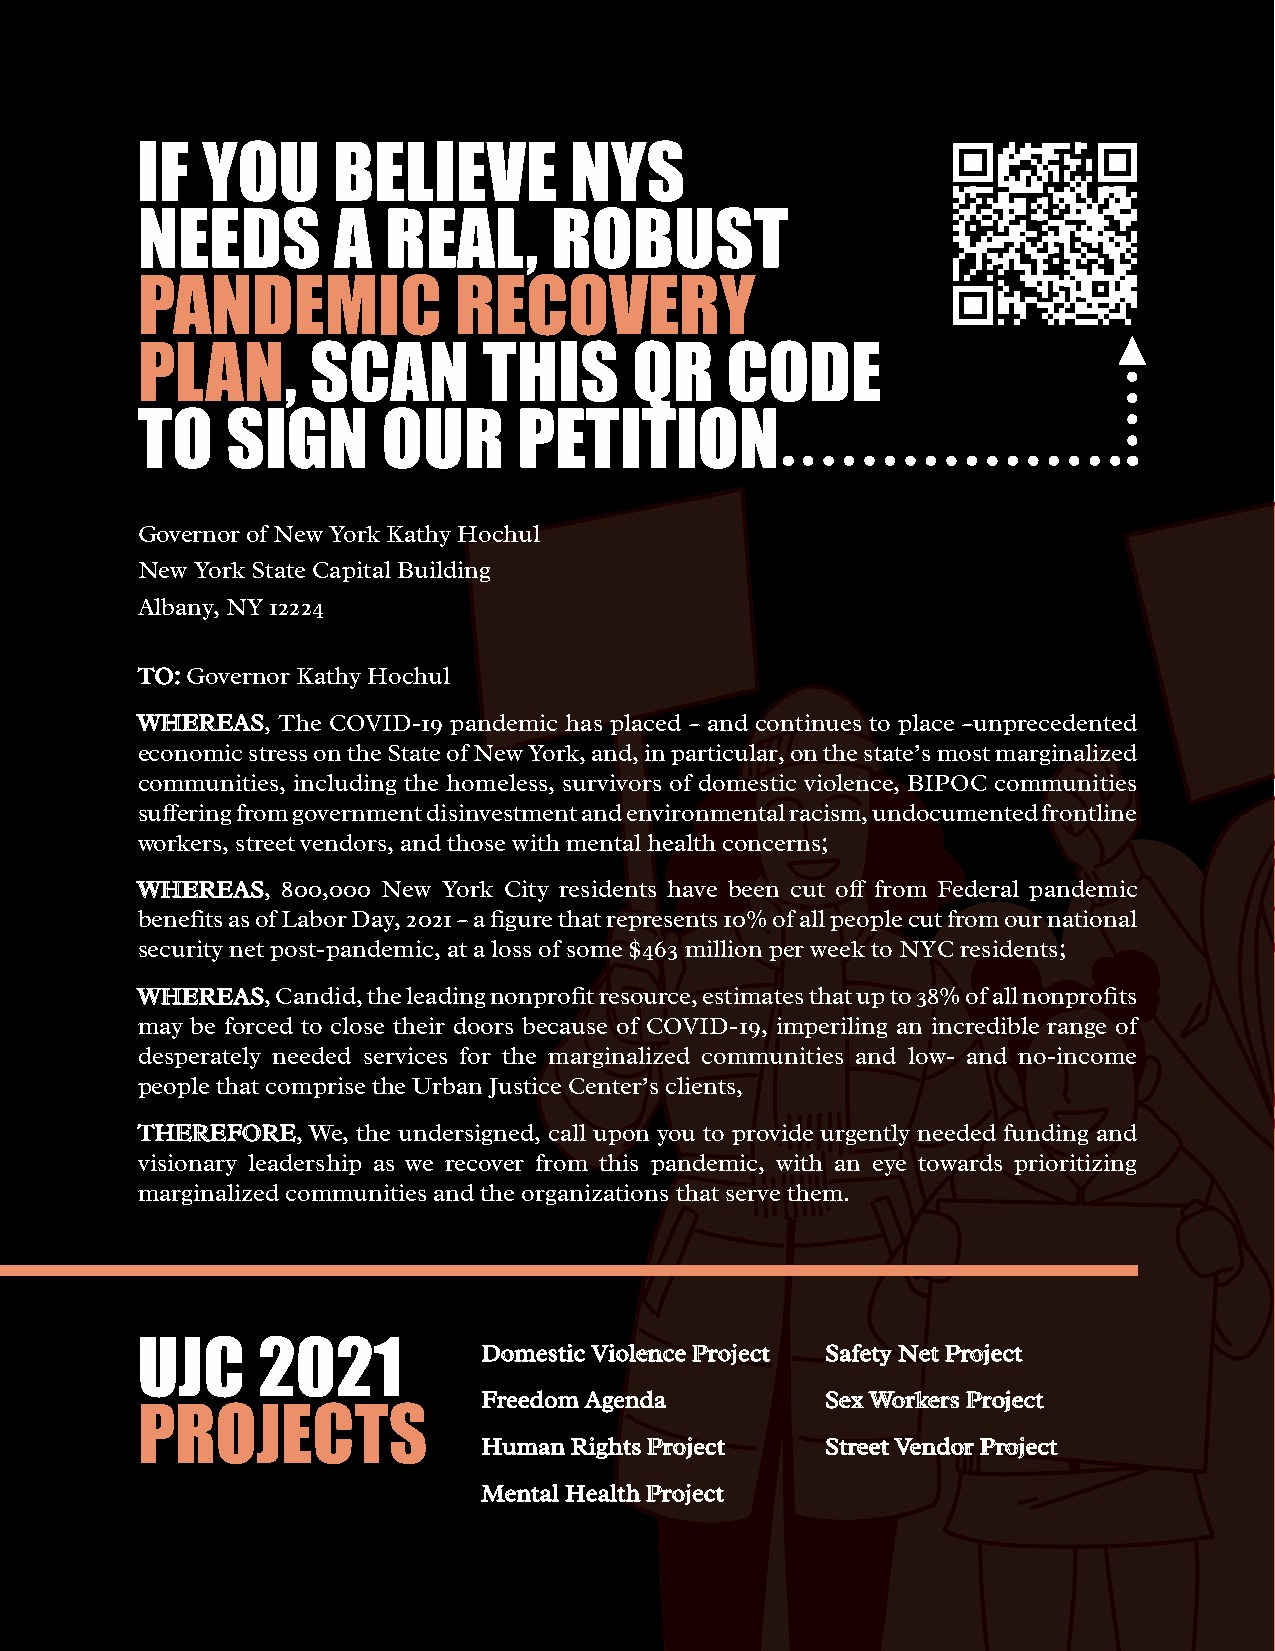
IF  YOU      BELIEVE         NYS
 NEEDS        A   REAL,     ROBUST
 PANDEMIC             RECOVERY
 PLAN,       SCAN       THIS      QR    CODE
 TO    SIGN      OUR      PETITION
 Governor of New York Kathy Hochul
 New York State Capital Building
 Albany, NY 12224
 TTOO:: Governor Kathy Hochul
 WWHHEERREEAASS, The COVID-19 pandemic has placed – and continues to place –unprecedented
 economic stress on the State of New York, and, in particular, on the state’s most marginalized
 communities, including the homeless, survivors of domestic violence, BIPOC communities
 suffering from government disinvestment and environmental racism, undocumented frontline
 workers, street vendors, and those with mental health concerns;
 WWHHEERREEAASS, 800,000 New York City residents have been cut off from Federal pandemic
 benefits as of Labor Day, 2021 – a figure that represents 10% of all people cut from our national
 security net post-pandemic, at a loss of some $463 million per week to NYC residents;
 WWHHEERREEAASS, Candid, the leading nonprofit resource, estimates that up to 38% of all nonprofits
 may be forced to close their doors because of COVID-19, imperiling an incredible range of
 desperately needed services for the marginalized communities and low- and no-income
 people that comprise the Urban Justice Center’s clients,
 TTHHEERREEFFOORREE, We, the undersigned, call upon you to provide urgently needed funding and
 visionary leadership as we recover from this pandemic, with an eye towards prioritizing
 marginalized communities and the organizations that serve them.
 UJC     2021           DDoommeessttiicc VViioolleennccee PPrroojjeecctt SSaaffeettyy NNeett PPrroojjeecctt
 FFrreeeeddoomm AAggeennddaa SSeexx WWoorrkkeerrss PPrroojjeecctt
 PROJECTS
 HHuummaann RRiigghhttss PPrroojjeecctt SSttrreeeett VVeennddoorr PPrroojjeecctt
 MMeennttaall HHeeaalltthh PPrroojjeecctt